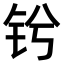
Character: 𫓫